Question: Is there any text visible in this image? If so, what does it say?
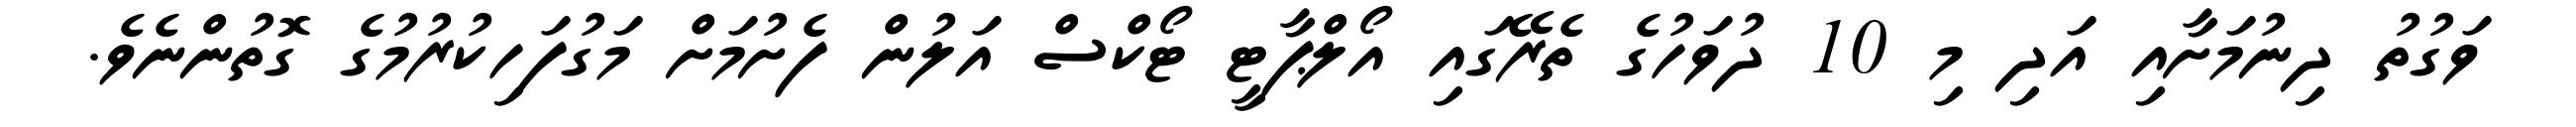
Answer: ވަގުތު ދިނުމަށާއި އަދި މި 10 ދުވަހުގެ ތެރޭގައި އޯލްޕާޓީ ޓޯކްސް އަލުން ފެށުމަށް މަގުފަހިކުރުމުގެ ގޮތުންނެވެ.